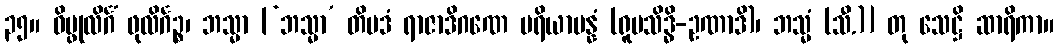
၃၅။ ဝိပ္ဖုလိင်္ဂံ ဖုလိင်္ဂဉ္စ၊ ဘသ္မာ [‘ဘသ္မာ’ တိပဒံ ရာဇာဒိဂဏေ ပရိယာပန္နံ (ရူပသိဒ္ဓိ-ဥဏာဒိ)၊ ဘသ္မံ (သီ.)] တု သေဋ္ဌိ ဆာရိကာ။